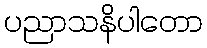
ပညာသနိပါတော